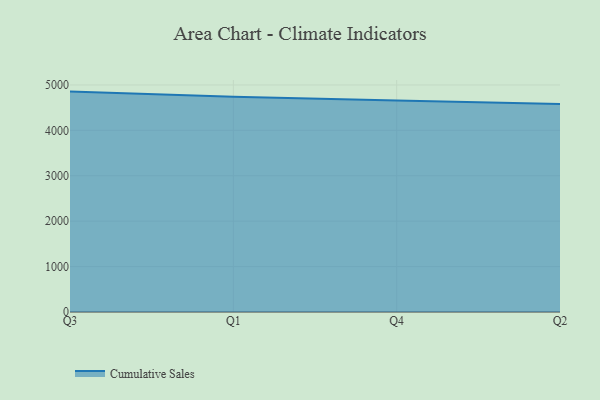
{"axis": {"x": "Quarter", "y": "Market Share (%)"}, "legend": ["Cumulative Sales"], "data": [{"x": "Q3", "y": 4853.4, "type": "Cumulative Sales"}, {"x": "Q1", "y": 4737.8, "type": "Cumulative Sales"}, {"x": "Q4", "y": 4655.7, "type": "Cumulative Sales"}, {"x": "Q2", "y": 4581.7, "type": "Cumulative Sales"}]}